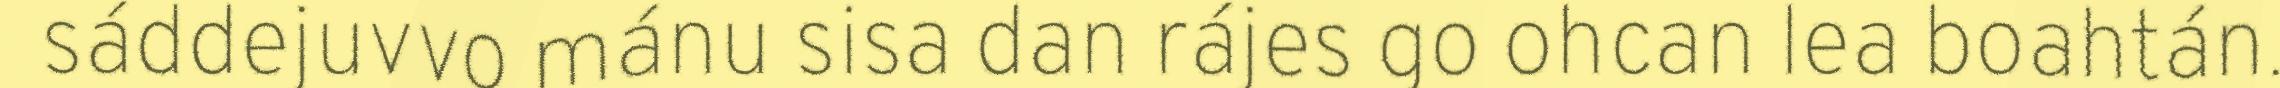
sáddejuvvo mánu sisa dan rájes go ohcan lea boahtán.